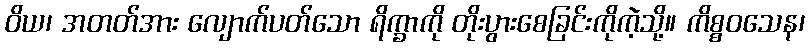
ဝိယ၊ အတတ်အား လျောက်ပတ်သော ရိက္ခာကို တိုးပွားစေခြင်းကိုကဲ့သို့။ ကိစ္စဝသေန၊